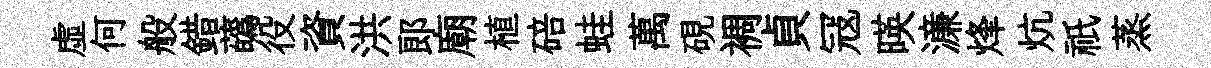
虛何般錯蘤役資洪郞廟植碚蛙萬硯裯貞冦暎濓烽炕祇蒸